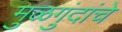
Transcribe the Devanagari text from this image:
मुळगुंदांचे